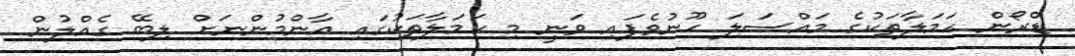
ޑްރޯން ހަމަލާތަކުގެ މައްސަލަ ހޫނުވެފައި ވަނީ މި ހަމަލާތަކުގައި އާންމުންނަށް ލިބޭ ގެއްލުން